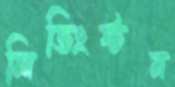
লিভিংস্টন